Vaccination North-Western Provinces and Oudh 1878-1895 - 1878-1895
Year: 1878
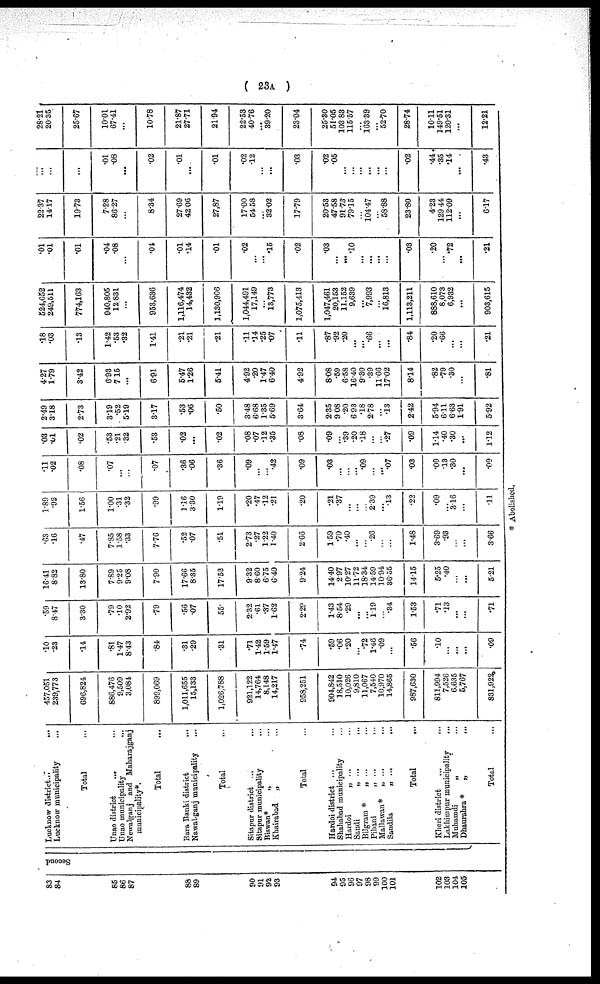
( 23A )
83
84
85
86
87
88
89
90
91
92
93
94
95
96
97
98
99
100
101
102
103
104
105
Second
Lucknow district ...
...
Lucknow municipality ...
Total ...
Unao district
...
...
Unao municipality
...
Newalganj and Maharajganj
municipality*.
Total ...
Bara Banki district
...
Nawalganj municipality ...
Total ...
Sitapur district ...
...
Sitapur municipality ...
Biswan*
„ ...
Khairabad
„ ...
Total ...
Hardoi district ...
...
Sbahabad municipality ...
Hardoi
„ ... ...
Sandi
„ ... ...
Bilgram *
„ ... ...
Pihani „ ... ...
Mallawan* „ ... ...
Sandila
„
...
...
Total
...
Kheri district
...
...
Lakhimpur municipality
...
Muhamdi
„ ...
Dhaurabra *
„
....
Total ...
457,051
239,773
696,824
886,476
9,509
3,084
899,069
1,011,655
15,133
1,026,788
921,122
14,764
8,148
14,217
958,251
904,842
18,510
10,026
9,810
11,067
7,540
10,970
14,865
987,630
811,994
7,526
6,635
5,767
831,922
.10
.23
.14
.81
1.47
8.43
.84
.31
.29
.31
.71
1.42
1.59
1.47
.74
.59
.06
.20
...
.72
1.46
.09
...
.56
.10
...
...
...
.09
.59
8.47
3.30
.79
.10
2.92
.79
.56
.07
55
2.32
.61
.37
1.62
2.29
1.43
8.54
.29
...
...
1.19
...
.34
1.53
.71
.13
...
...
.71
16.41
8.82
13.80
7.89
9.25
9.08
7.90
17.66
8.35
17.53
9.32
8.60
6.75
6.40
9.24
14.40
2.97
10.27
11.72
18.34
14.59
10.94
36.55
14.15
5.25
.40
...
...
5.21
.63
.16
.47
7.85
1.58
.33
7.76
.52
.07
.51
2.73
.27
1.22
1.40
2.66
1.59
.70
.40
...
...
.26
...
...
1.48
3.69
.93
...
...
3.66
1.89
.92
1.56
1.00
.31
.32
.99
1.16
3.30
1.19
.20
.47
.12
.21
.20
.21
.37
...
...
...
2.39
...
.13
.22
.09
...
3.16
...
.11
.11
.02
.08
.07
...
...
.07
.36
.06
.36
.09
...
...
.42
.09
.03
...
...
...
.09
...
...
.07
.03
.09
.13
.30
...
.09
.03
.01
.02
.53
.21
.32
.53
.02
...
.02
.08
.07
.12
.35
.08
.09
...
.39
.20
.18
...
...
.27
.09
1.14
.40
.30
...
1.12
2.49
3.18
2.73
3.19
.52
5.19
3.17
.53
.06
.50
3.48
6.68
1.35
5.69
3.64
2.35
9.08
.20
6.93
.18
2.78
...
.13
2.42
5.94
6.11
6.63
1.91
5.92
4.27
1.79
3.42
6.93
7.15
...
6.91
5.47
1.26
5.41
4.92
.20
1.47
6.40
4.92
8.08
.59
6.58
16.40
9.30
.39
11.66
17.02
8.14
.82
.79
.30
...
.81
.18
.03
.13
1.42
.53
.32
1.41
.21
.21
.21
.11
.14
.25
.07
.11
.87
.92
.20
...
...
.66
...
...
.84
.20
.66
...
...
.21
524,652
249,511
774,163
940,805
12 831
...
953,636
1,116,474
14,432
1,130,906
1,044,491
17,149
...
13,773
1,075,413
l,047,461
20,153
11.152
9,639
...
7,993
...
16,813
1,113,211
888,610
8,073
6,932
...
903,615
.01
.01
.01
.04
.08
...
.01
.01
.14
.01
.02
...
... .15
.02
.03
...
...
.10
...
...
...
...
.03
.20
...
.72
...
.21
22.37
14.17
19.73
7.28
86.27
....
8.34
27.69
42.06
27,87
17.00
54.58
...
32.02
17.79
20.53
47.58
91.73
79.15
...
104.47
...
58.88
23.80
4.23
129.44
112.09
...
6.17
...
...
...
.01
.08
...
.02
.01
...
.01
.02
.12
...
...
.03
.02
.05
...
...
...
...
...
...
.02
.44
.35
.14
...
.43
28.21
20.35
25.67
10.01
67.41
...
10.78
21.87
27.71
21.94
22.53
40.76
...
39.20
23.04
25.30
51.05
103.83
115.57
...
163.39
...
52.70
28.74
10.11
349.51
120.31
...
12.21
* Abolished.